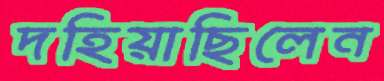
দহিয়াছিলেন